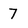
Character: 7